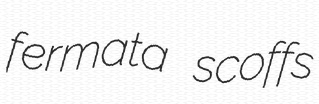
fermata scoffs